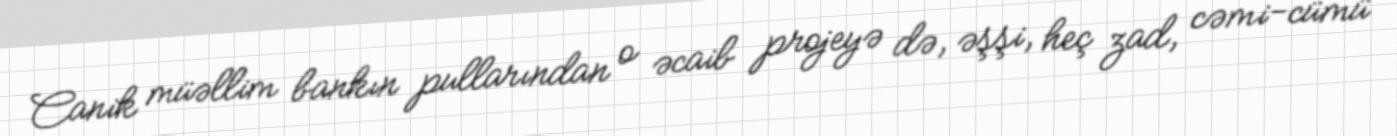
Canik müəllim bankın pullarından o əcaib projeyə də, əşşi, heç zad, cəmi-cümü